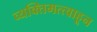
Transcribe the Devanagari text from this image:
व्यक्तिमत्त्वाहून